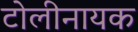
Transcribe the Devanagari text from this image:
टोलीनायक